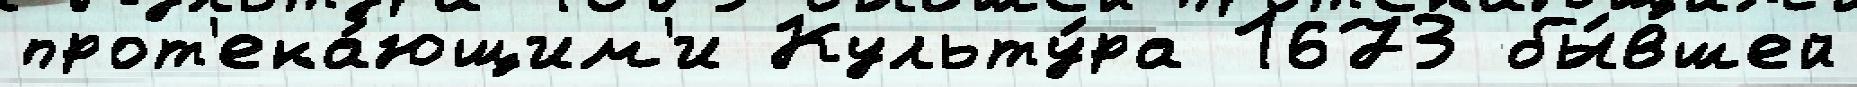
прот'ека́ющим'и Культу́ра 1673 бы́вшей